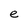
Character: e